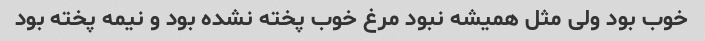
خوب بود ولی مثل همیشه نبود مرغ خوب پخته نشده بود و نیمه پخته بود